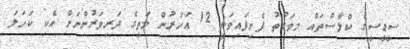
ސީޑީސީގެ ކްލާސްތައް މިވަގުތު ފެށިފައިވަނީ 12 އަހަރުން މަތީގެ ދަރިވަރުންނަށް އެކި ކަހަލަ